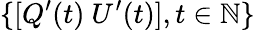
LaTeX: \{ [Q^{\prime}(t)~U^{\prime}(t)],t\in\mathbb{N}\}